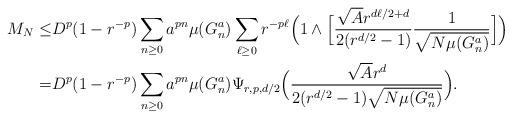
LaTeX: \begin{align*}M_{N}\leq&D^p(1-r^{-p})\sum_{n\geq 0}a^{pn} \mu(G^a_n)\sum_{\ell\geq 0} r^{-p\ell} \Big(1\land\Big[\frac{\sqrt A r^{d\ell/2+d}}{2(r^{d/2}-1)}\frac1{\sqrt{N\mu(G_n^a)}}\Big]\Big)\\= &D^p(1-r^{-p})\sum_{n\geq 0}a^{pn} \mu(G^a_n)\Psi_{r,p,d/2}\Big(\frac{\sqrt A r^{d}}{2(r^{d/2}-1)\sqrt{N\mu(G_n^a)}}\Big).\end{align*}